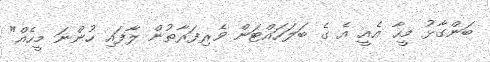
ބަންގާޅު މީހާ އެއީ އެ ގެ ބަލަހައްޓަން ވެރިފަރާތުން ލާފައި ހުންނަ މީހެއް"